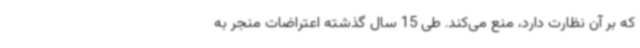
که بر آن نظارت دارد، منع می‌کند. طی 15 سال گذشته اعتراضات منجر به